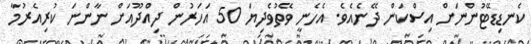
ކެނޑިޑޭޓުންނަށް އިސްކަން ދޭނެއެވެ. އެހެނީ ވޭތުވެދިޔަ 50 އަހަރުން ދިއްދޫއަށް ނާންނަ ކުރިއެރުމާ